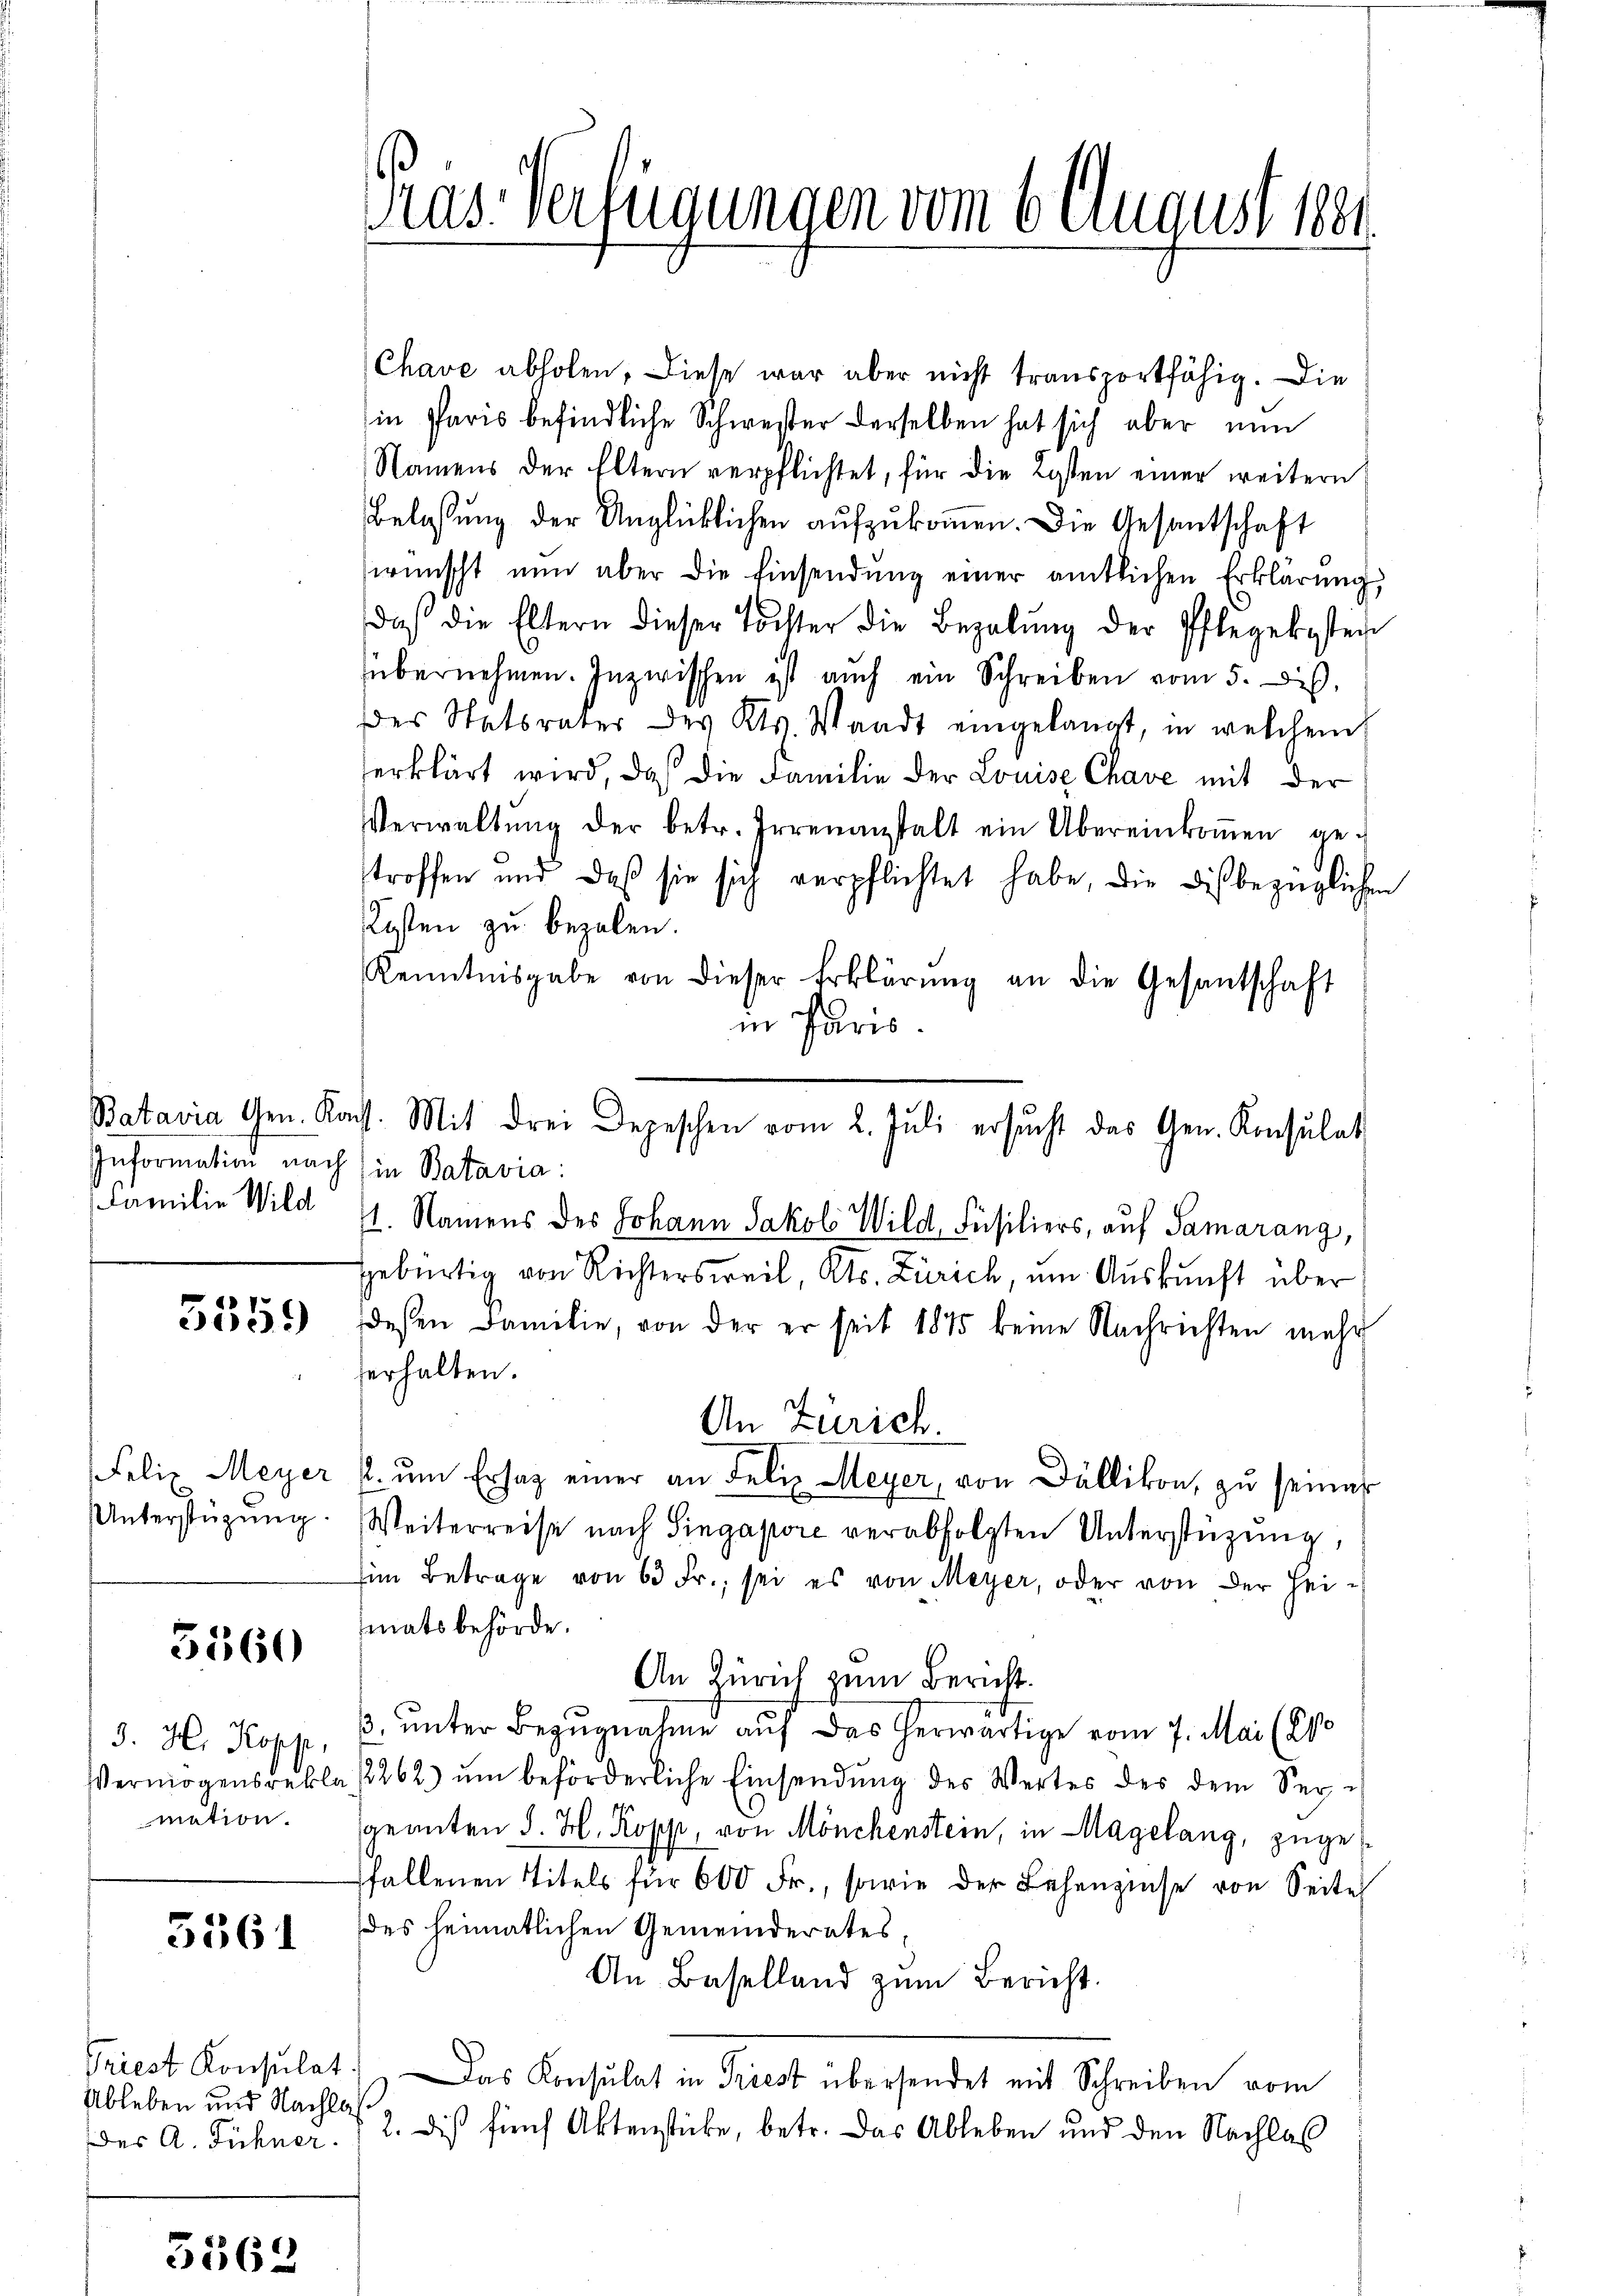
Batavia Gen. Kon
Information nach
Familie Wild
.

5359)

Felix Meyer
Unterstüzung

5160

J. H. Kopp,
Vermögensrekla
mation.

5361

Triest Konsulat
Ableben und Nachlades A. Fühner.

5562

s
as. Verfügungen vom 6 August 1861

Chave abholen, diese war aber nicht transportfähig. Die
in Paris befindliche Schwester derselben hat sich aber nun
Namens der Eltern verpflichtet, für die Kosten einer weitern
Belassung der Unglücklichen aufzukommen. Die Gesantschaft
wünscht nun aber die Einsendŭng einer amtlichen Erklärung,
daβ die Eltern dieser Tochter die Bezalŭng der Pflegekosten
übernehmen. Inzwischen ist auch ein Schreiben vom 5. Di
des Statsrater des Kts. Waadt eingelangt, in welchem
erklärt wird, da die Familie der Louise Chave mit der
Verwaltŭng der betr. Irrenanstalt ein Übereinkoṁen ge-
troffen und daß sie sich verpflichtet habe, die dis bezüglichen
Kosten zu bezalen.
Kenntnisgabe von dieser Erklärŭng an die Gesantschaft
in Paris.
in Batavia:
1. Namens des Johann Jakob Wild, Füsiliers, auf Samarang,
gebürtig von Richtersweil, Kts. Zürich, um Auskunft über
dessen Familie, von der er seit 1875 keine Nachrichten mehr
erhalten.
An Zürich.
2. ŭm Ersaz einer an Felix Meyer, von Dällikon, zu seines
Weiterreise nach Singapore verabfolgten Unterstüzung,
im Betrage von 63 Fr., sei es von Meyer, oder von der Heimatsbehörde.
An Zürich zum Bericht.
3. unter Bezugnahme auf das herwärtige vom 7. Mai (210
2262) ŭm beförderliche Einsendŭng des Wertes des dem Ser-
geanten d. H. Kopp, von Mönchenstein, in Magelang, zugefallenen Titels für 600 Fr., sowie der Lehenzinse von Seite
des heimatlichen Gemeinderates,
An Baselland zŭm Bericht.
Das Konsulat in Priest übersendet mit Schreiben vom
2. dies fünf Aktenstücke, betr. Das Ableben und den Nachlas

I. Mit drei Depeschen vom 2. Jŭli ersŭcht das Gen. Konsulat